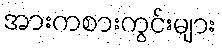
အားကစားကွင်းများ